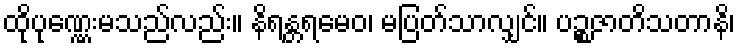
ထိုပုဏ္ဏေးမသည်လည်း။ နိရန္တရမေဝ၊ မပြတ်သာလျှင်။ ပဉ္စဇာတိသတာနိ၊